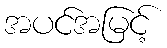
အပင်အမြင့်